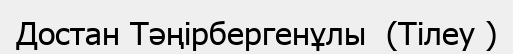
Достан Тәңірбергенұлы  (Тілеу )